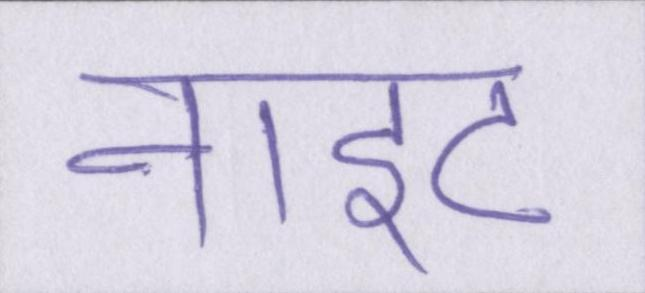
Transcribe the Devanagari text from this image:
नाइट